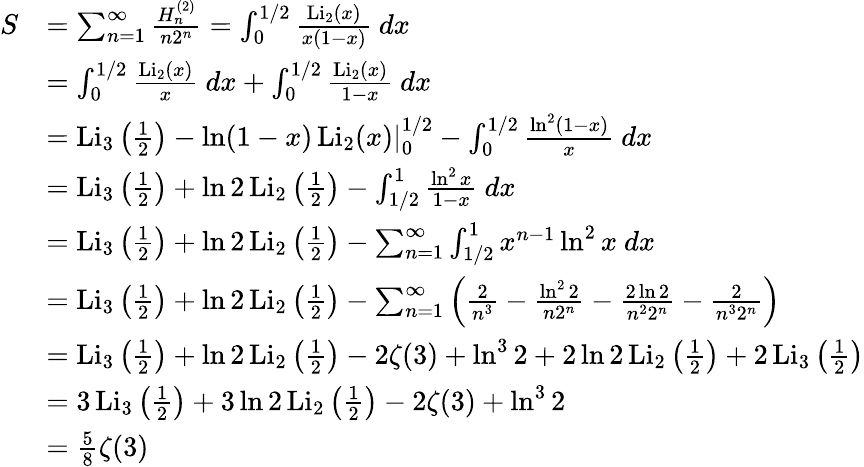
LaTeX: \begin{array}{rl}{S}&{=\sum_{n=1}^{\infty}\frac{H_{n}^{(2)}}{n2^{n}}=\int_{0}^{1/2}\frac{\operatorname{Li}_{2}(x)}{x(1-x)}\ dx}\\ &{=\int_{0}^{1/2}\frac{\operatorname{Li}_{2}(x)}{x}\ dx+\int_{0}^{1/2}\frac{\operatorname{Li}_{2}(x)}{1-x}\ dx}\\ &{=\operatorname{Li}_{3}\left(\frac 12\right)-\left.\ln(1-x)\operatorname{Li}_{2}(x)\right|_{0}^{1/2}-\int_{0}^{1/2}\frac{\ln^{2}(1-x)}{x}\ dx}\\ &{=\operatorname{Li}_{3}\left(\frac 12\right)+\ln 2\operatorname{Li}_{2}\left(\frac 12\right)-\int_{1/2}^{1}\frac{\ln^{2}x}{1-x}\ dx}\\ &{=\operatorname{Li}_{3}\left(\frac 12\right)+\ln 2\operatorname{Li}_{2}\left(\frac 12\right)-\sum_{n=1}^{\infty}\int_{1/2}^{1}x^{n-1}\ln^{2}x\ dx}\\ &{=\operatorname{Li}_{3}\left(\frac 12\right)+\ln 2\operatorname{Li}_{2}\left(\frac 12\right)-\sum_{n=1}^{\infty}\left(\frac{2}{n^{3}}-\frac{\ln^{2}2}{n2^{n}}-\frac{2\ln 2}{n^{2}2^{n}}-\frac{2}{n^{3}2^{n}}\right)}\\ &{=\operatorname{Li}_{3}\left(\frac 12\right)+\ln 2\operatorname{Li}_{2}\left(\frac 12\right)-2\zeta(3)+\ln^{3}2+2\ln 2\operatorname{Li}_{2}\left(\frac 12\right)+2\operatorname{Li}_{3}\left(\frac 12\right)}\\ &{=3\operatorname{Li}_{3}\left(\frac 12\right)+3\ln 2\operatorname{Li}_{2}\left(\frac 12\right)-2\zeta(3)+\ln^{3}2}\\ &{=\frac 58\zeta(3)}\end{array}